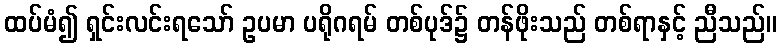
ထပ်မံ၍ ရှင်းလင်းရသော် ဥပမာ ပရိုဂရမ် တစ်ပုဒ်၌ တန်ဖိုးသည် တစ်ရာနှင့် ညီသည်။